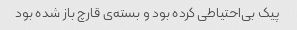
پیک بی‌احتیاطی کرده بود و بسته‌ی قارچ باز شده بود